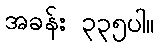
အခန်း ၃၃၅ပါ။